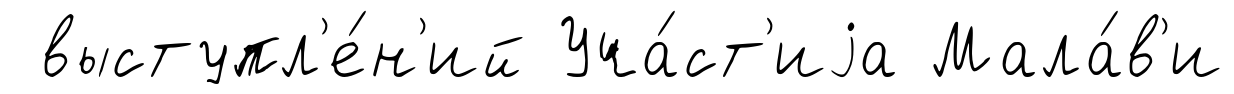
выступл'е́н'ий Уча́ст'иjа Мала́в'и